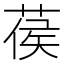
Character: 葔